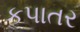
કપાતર